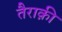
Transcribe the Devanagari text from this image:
तैराक़ी